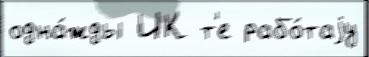
одна́жды ИК т'е рабо́таjу